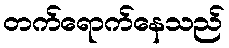
တက်ရောက်နေသည်